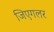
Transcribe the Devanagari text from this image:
जिएगलर